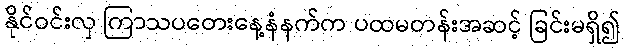
နိုင်ဝင်းလှ ကြာသပတေးနေ့နံနက်က ပထမတန်းအဆင့် ခြင်းမရှိ၍